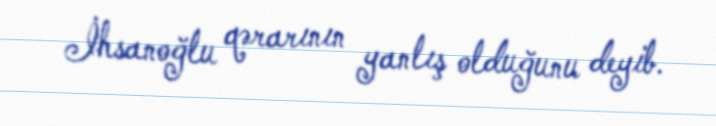
İhsanoğlu qərarının yanlış olduğunu deyib.